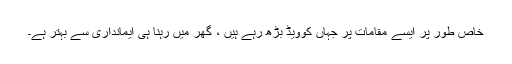
خاص طور پر ایسے مقامات پر جہاں کوویڈ بڑھ رہے ہیں ، گھر میں رہنا ہی ایمانداری سے بہتر ہے۔